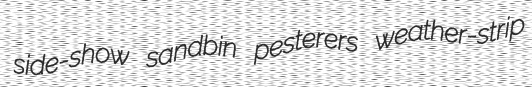
side-show sandbin pesterers weather-strip